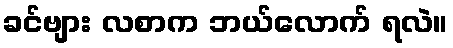
ခင်ဗျား လစာက ဘယ်လောက် ရလဲ။